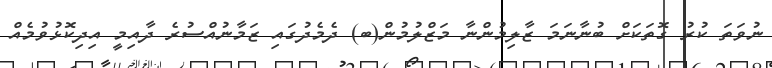
ނުވަތަ ކުރު ގޮތަކަށް ބުނާނަމަ ޒާލިމުންނާ މަޒްލުމުން(ބ) ދެމެދުގައި ޒަމާނުއްސުރެ ދާއިމީ އިދިކޮޅުވުމެއް